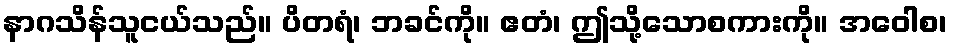
နာဂသိန်သူငယ်သည်။ ပိတရံ၊ ဘခင်ကို။ ဧတံ၊ ဤသို့သောစကားကို။ အဝေါစ၊